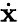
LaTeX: \dot{\mathbf x}